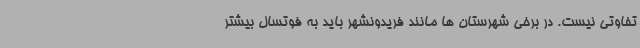
تفاوتی نیست. در برخی شهرستان‌ ها مانند فریدونشهر باید به فوتسال بیشتر